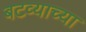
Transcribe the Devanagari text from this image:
बटव्याच्या